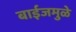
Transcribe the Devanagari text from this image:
बाईजमुळे